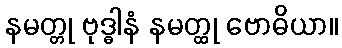
နမတ္တု ဗုဒ္ဓါနံ နမတ္ထု ဗောဓိယာ။